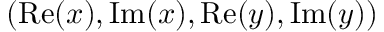
( \mathrm { R e } ( x ) , \mathrm { I m } ( x ) , \mathrm { R e } ( y ) , \mathrm { I m } ( y ) )